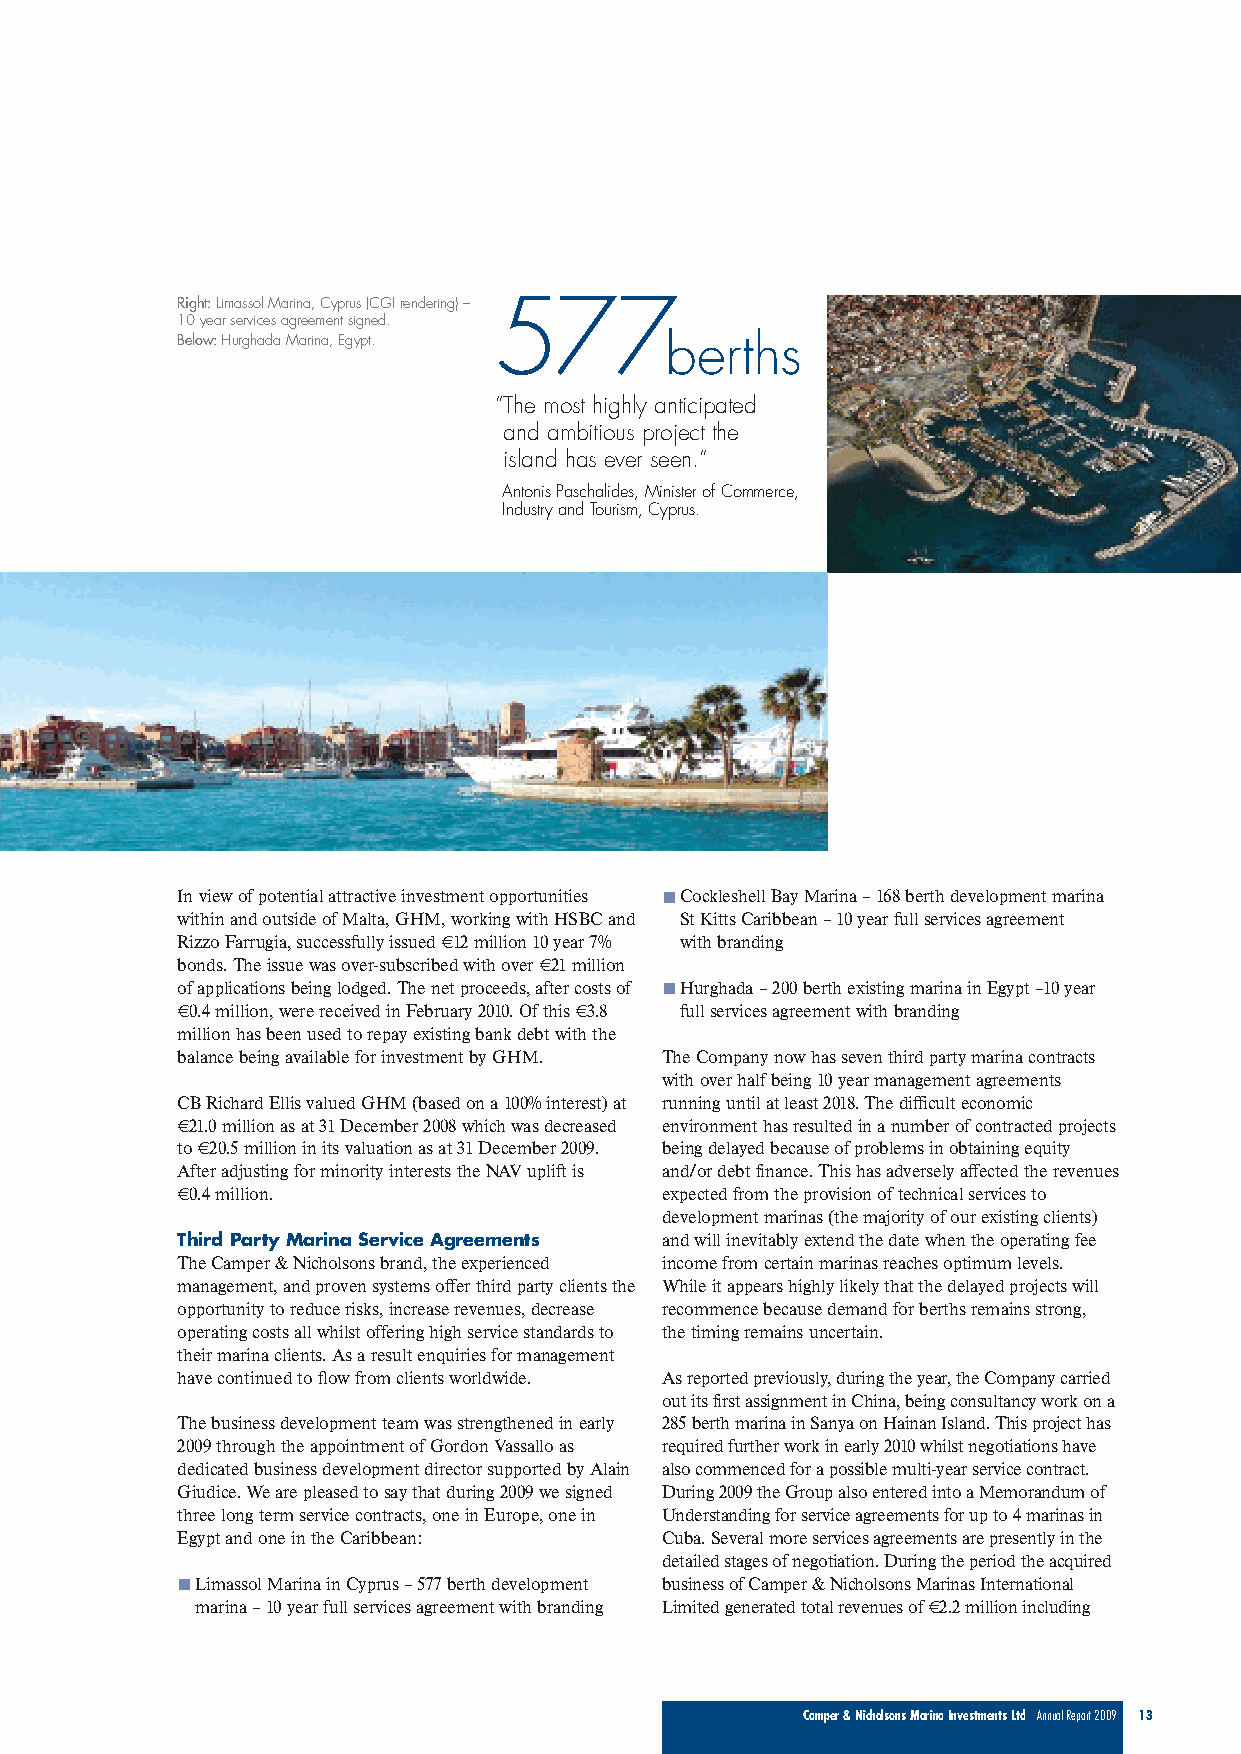
Right:Limassol Marina, Cyprus (CGI rendering) – 577
 10 year services agreement signed.
 Below: Hurghada Marina, Egypt.  berths
 “The most highly anticipated
 and ambitious project the
 island has ever seen.”
 Antonis Paschalides, Minister of Commerce,
 Industry and Tourism, Cyprus.
 In view of potential attractive investment opportunities Cockleshell Bay Marina – 168 berth development marina
 within and outside of Malta, GHM, working with HSBC and St Kitts Caribbean – 10 year full services agreement
 Rizzo Farrugia, successfully issued €12 million 10 year 7% with branding
 bonds. The issue was over-subscribed with over €21 million
 of applications being lodged. The net proceeds, after costs of Hurghada – 200 berth existing marina in Egypt –10 year
 €0.4 million, were received in February 2010. Of this €3.8 full services agreement with branding
 million has been used to repay existing bank debt with the
 balance being available for investment by GHM. The Company now has seven third party marina contracts
 with over half being 10 year management agreements
 CB Richard Ellis valued GHM (based on a 100% interest) at running until at least 2018. The difficult economic
 €21.0 million as at 31 December 2008 which was decreased environment has resulted in a number of contracted projects
 to €20.5 million in its valuation as at 31 December 2009. being delayed because of problems in obtaining equity
 After adjusting for minority interests the NAV uplift is and/or debt finance. This has adversely affected the revenues
 €0.4 million.                   expected from the provision of technical services to
 development marinas (the majority of our existing clients)
 Third Party Marina Service Agreements and will inevitably extend the date when the operating fee
 The Camper & Nicholsons brand, the experienced income from certain marinas reaches optimum levels.
 management, and proven systems offer third party clients the While it appears highly likely that the delayed projects will
 opportunity to reduce risks, increase revenues, decrease recommence because demand for berths remains strong,
 operating costs all whilst offering high service standards to the timing remains uncertain.
 their marina clients. As a result enquiries for management
 have continued to flow from clients worldwide. As reported previously, during the year, the Company carried
 out its first assignment in China, being consultancy work on a
 The business development team was strengthened in early 285 berth marina in Sanya on Hainan Island. This project has
 2009 through the appointment of Gordon Vassallo as required further work in early 2010 whilst negotiations have
 dedicated business development director supported by Alain also commenced for a possible multi-year service contract.
 Giudice. We are pleased to say that during 2009 we signed During 2009 the Group also entered into a Memorandum of
 three long term service contracts, one in Europe, one in Understanding for service agreements for up to 4 marinas in
 Egypt and one in the Caribbean: Cuba. Several more services agreements are presently in the
 detailed stages of negotiation. During the period the acquired
 Limassol Marina in Cyprus – 577 berth development business of Camper & Nicholsons Marinas International
 marina – 10 year full services agreement with branding Limited generated total revenues of €2.2 million including
 Camper & Nicholsons Marina Investments Ltd Annual Report 2009 13